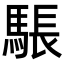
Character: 𮪉